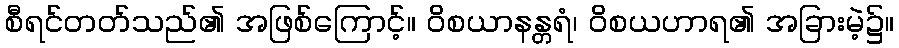
စီရင်တတ်သည်၏ အဖြစ်ကြောင့်။ ဝိစယာနန္တရံ၊ ဝိစယဟာရ၏ အခြားမဲ့၌။